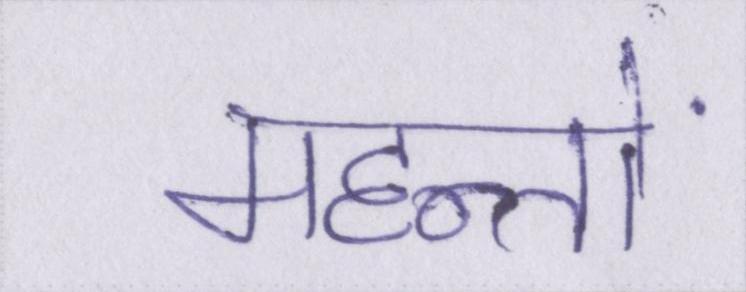
महन्तों